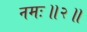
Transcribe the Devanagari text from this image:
नमः॥२॥